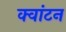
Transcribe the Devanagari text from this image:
क्वांटन